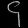
Digit: ၄